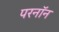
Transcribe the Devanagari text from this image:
परनॉन